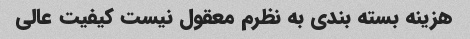
هزینه بسته بندی به نظرم معقول نیست کیفیت عالی